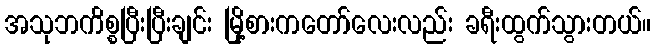
အသုဘကိစ္စပြီးပြီးချင်း မြို့စားကတော်လေးလည်း ခရီးထွက်သွားတယ်။